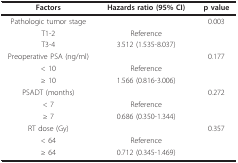
<table><thead><tr><td><b>Factors</b></td><td><b>Hazards ratio (95% CI)</b></td><td><b>p value</b></td></tr></thead><tbody><tr><td>Pathologic tumor stage</td><td></td><td>0.003</td></tr><tr><td>T1-2</td><td>Reference</td><td></td></tr><tr><td>T3-4</td><td>3.512 (1.535-8.037)</td><td></td></tr><tr><td>Preoperative PSA (ng/ml)</td><td></td><td>0.177</td></tr><tr><td>&lt; 10</td><td>Reference</td><td></td></tr><tr><td>≥ 10</td><td>1.566 (0.816-3.006)</td><td></td></tr><tr><td>PSADT (months)</td><td></td><td>0.272</td></tr><tr><td>&lt; 7</td><td>Reference</td><td></td></tr><tr><td>≥ 7</td><td>0.686 (0.350-1.344)</td><td></td></tr><tr><td>RT dose (Gy)</td><td></td><td>0.357</td></tr><tr><td>&lt; 64</td><td>Reference</td><td></td></tr><tr><td>≥ 64</td><td>0.712 (0.345-1.469)</td><td></td></tr></tbody></table>